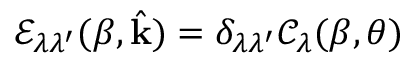
\mathcal { E } _ { \lambda \lambda ^ { \prime } } ( \beta , \hat { \mathbf { k } } ) = \delta _ { \lambda \lambda ^ { \prime } } \mathcal { C } _ { \lambda } ( \beta , \theta )